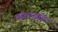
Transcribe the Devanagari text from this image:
महाराष्ट्रतील